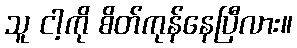
သူ ငါ့ကို စိတ်ကုန်နေပြီလား။